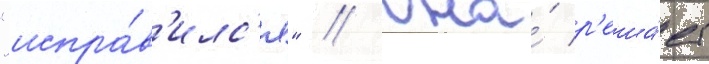
"испра́в'илс'я" // Она́ р'еша́ет